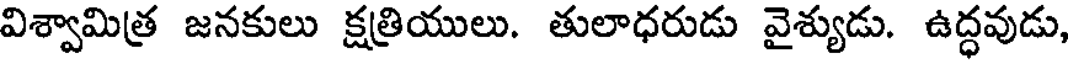
విశ్వామిత్ర జనకులు క్షత్రియులు. తులాధరుడు వైశ్యుడు. ఉద్ధవుడు,